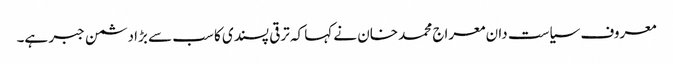
معروف سیاست دان معراج محمد خان نے کہا کہ ترقی پسندی کا سب سے بڑا دشمن جبر ہے۔